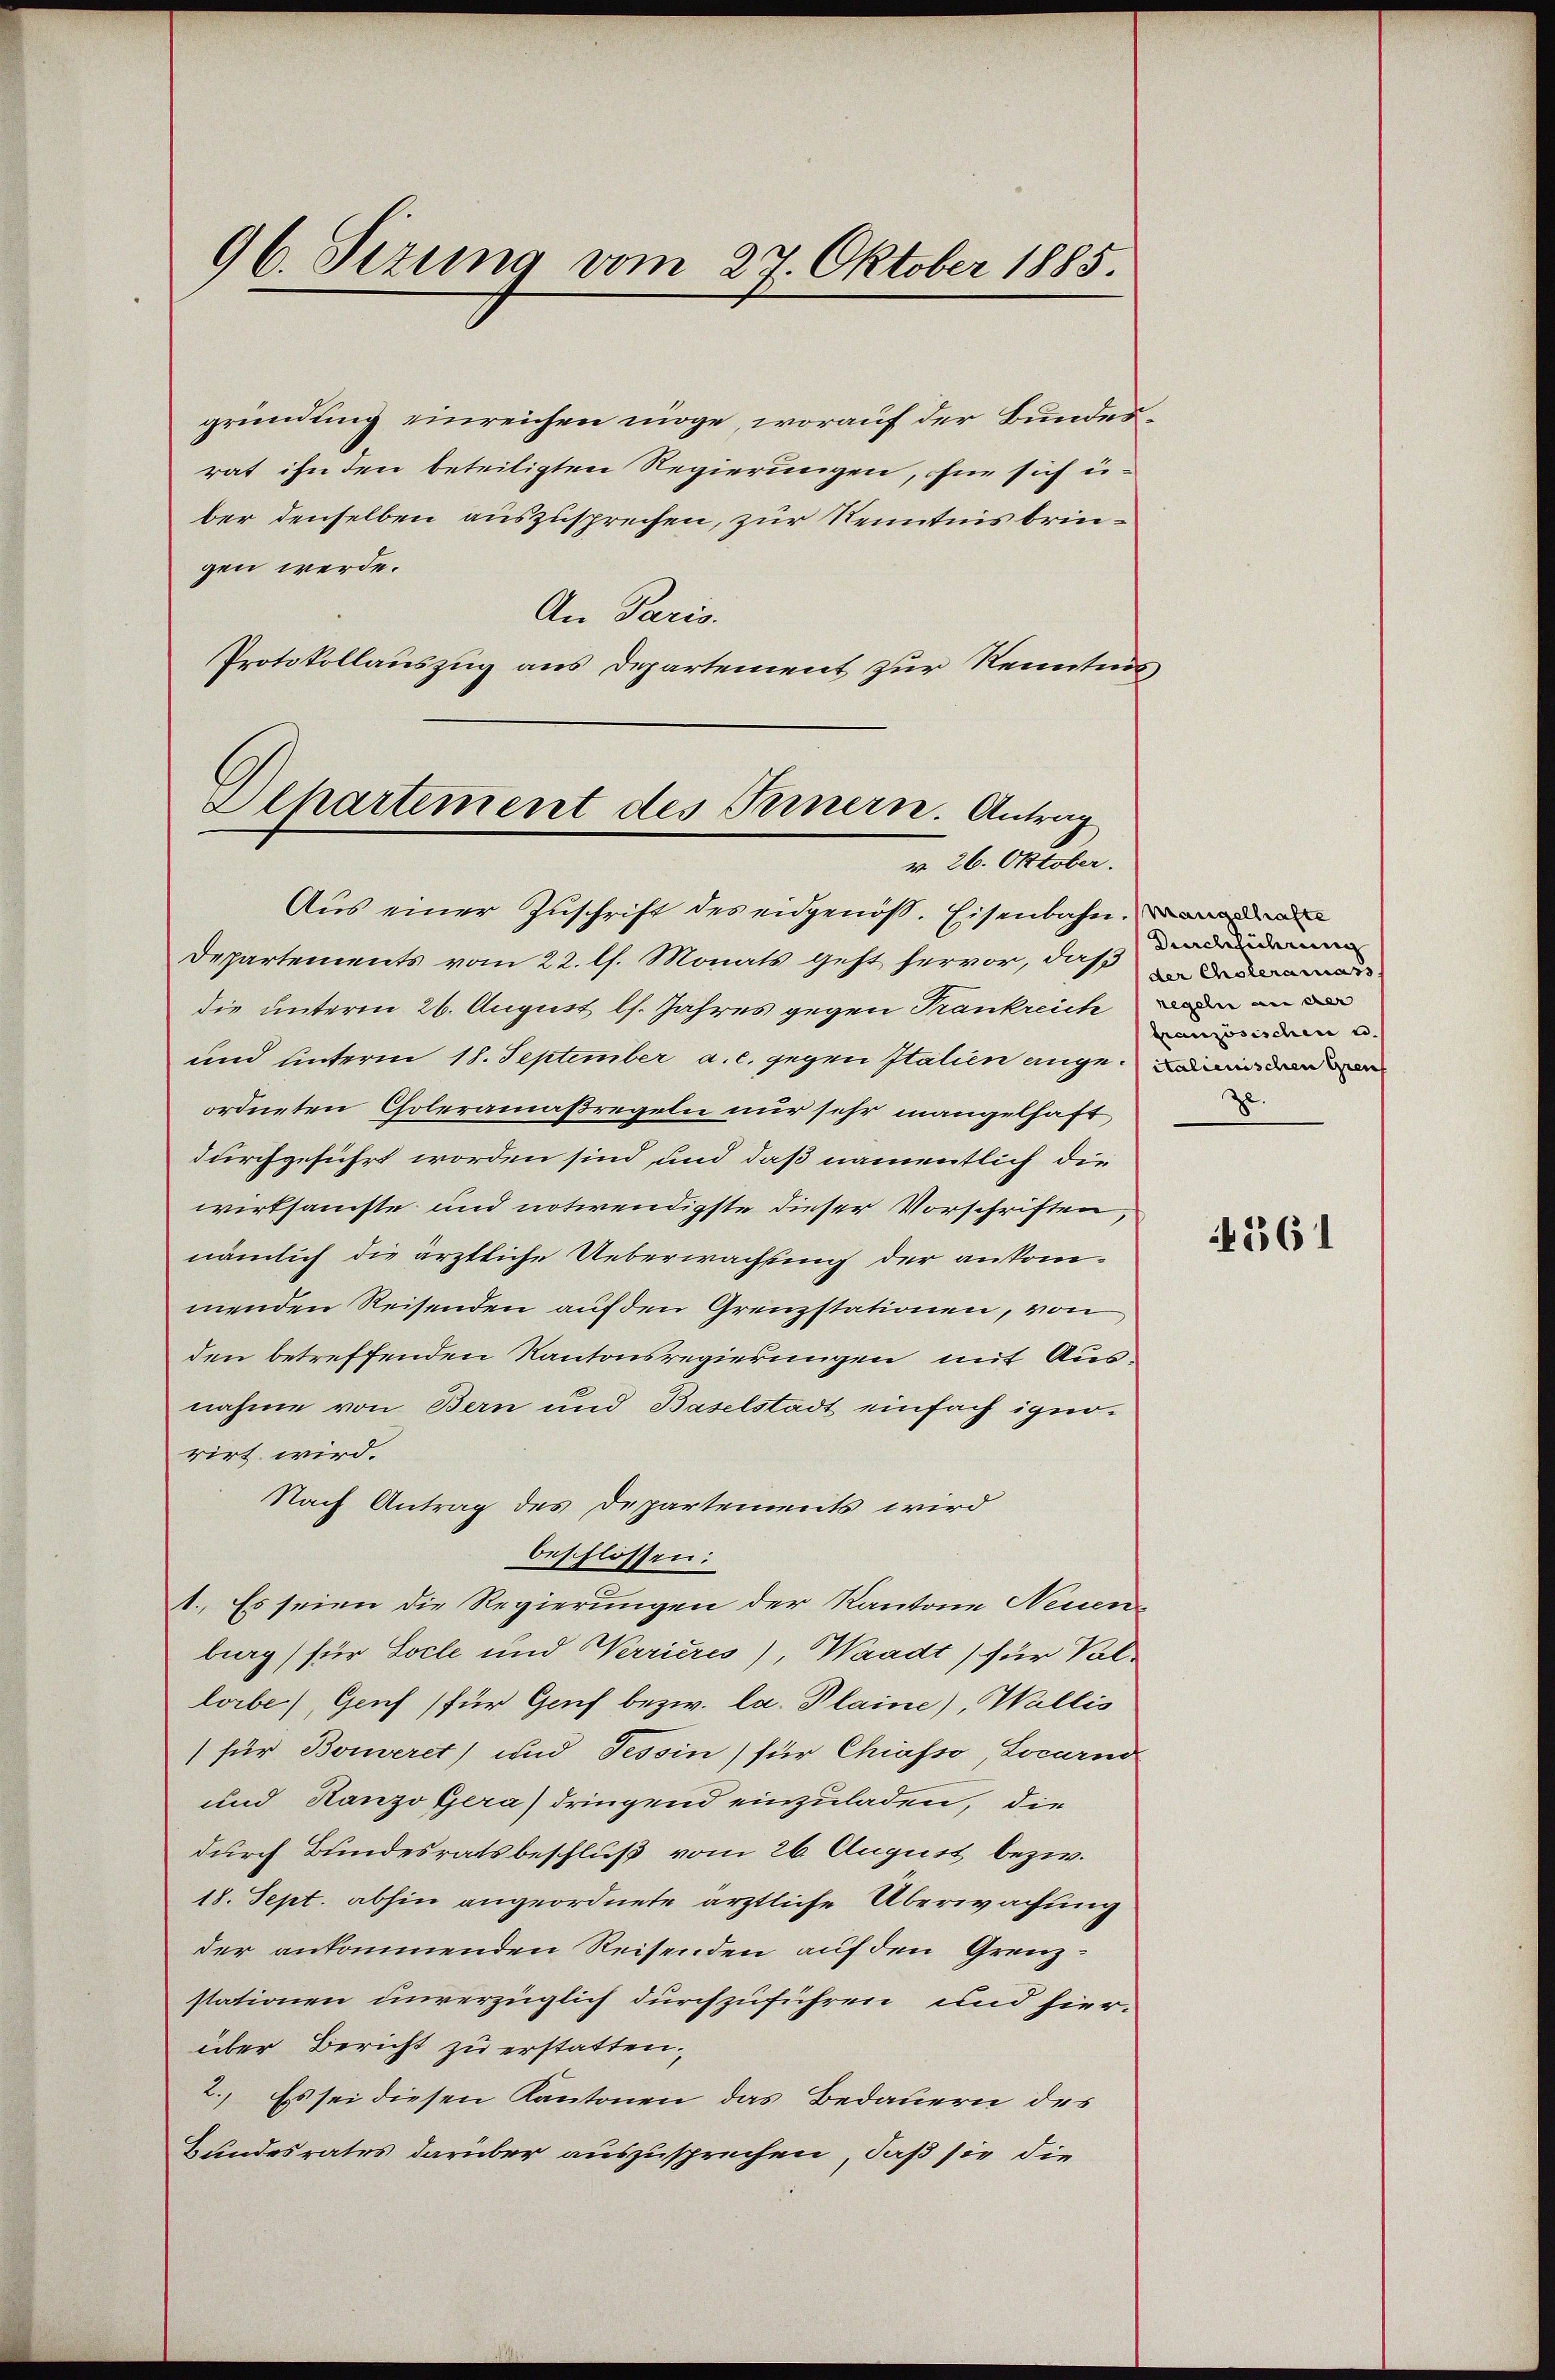
96. Sizung vom 27. Oktober 1885.

gründung einreichen möge, worauf der Bundesrat ihn den beteiligten Regierungen, für sich unber denselben auszusprechen, zur Kenntnis bringen werde.
An Paris.
Protokollauszug aus Departement zur Kenntnis

Departement des Beinern. Antrag
v. 26. Oktober.

Aus einer Zuschrift des eidgenöß. Eisenbahn
Departements vom 22. ls. Monats geht hervor, daß war
die unterm 26. August ls. Jahres gegen Trankreich an
und unterm 18. September a. c. gegen Italien ange Landen
ordneten Choleramaßregeln nur sehr mangelhaft
durchgeführt worden sind und daß namentlich die
wirksamste und notwendigste dieser Vorschriften,
nämlich die ärztliche Ueberwachsung der ankommenden Reisenden auf den Grenzstationen, von
den betreffenden Kantonsregierungen mit Ausnahme von Bern und Baselstadt einfach igno-
rirt wird.
Nach Antrag des Departements wird
beschlossen:
1. Es seien die Regierungen der Kantone Neuen-
burg für Socle und Werrieres), Waadt) für Vollorbe), Genf (für Genf bezw. la. Plaine), Wallis
für Bonveret und Tessin) für Chiasso, Locarno
und Ranzo Gera dringend einzuladen, die
durch Bundesratsbeschluß vom 26. August bezw.
18. Sept. abhin angeordnete ärztliche Überwachung
der ankommenden Reisenden auf den Grenzstationen unverzüglich durchzuführen und hierüber Bericht zu erstatten.
2.) Es sei diesen Kantonen das Bedauern des
Bundesrates darüber auszusprechen, daß sie die

Dachsicherung
französischen u.
ze.

4561